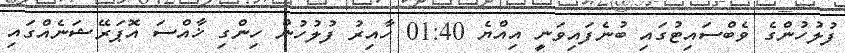
ފުލުހުންގެ ވެބްސައިޓުގައި ބުނެފައިވަނީ އިއްޔެ 01:40 ހާއިރު ފުލުހުން ހިންގި ޚާއްސަ އޮޕަރޭޝަނެއްގައި